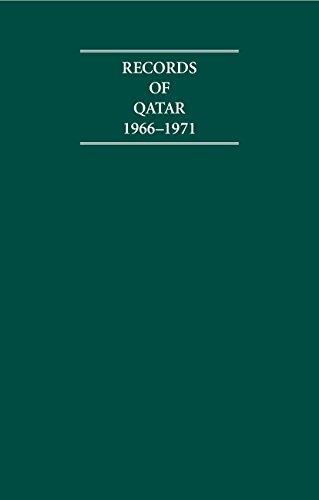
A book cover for Records of Qatar 1966-1971 4 Volume Set (Cambridge Archive Editions); History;